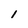
Character: 1